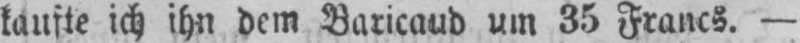
kaufte ich ihn dem Baricaud um 35 Francs. -